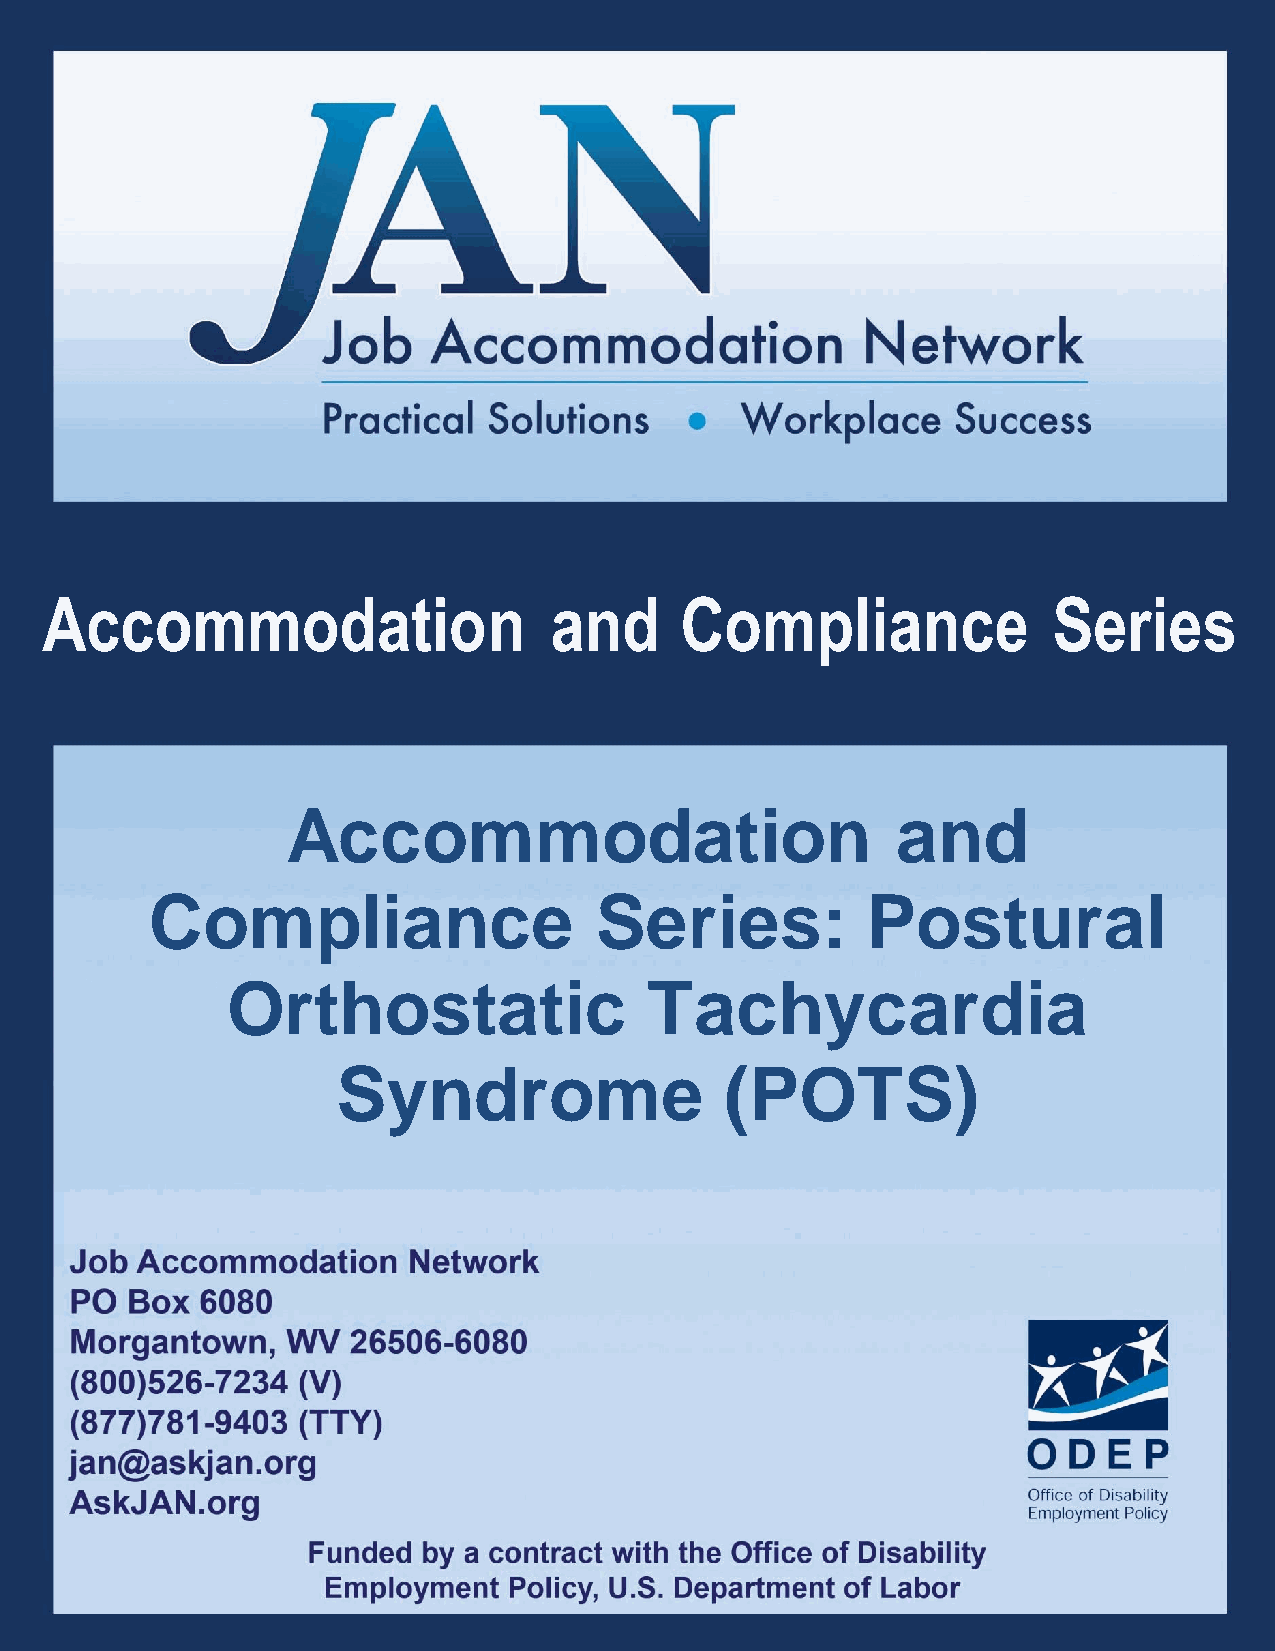
Accommodation                    and      Compliance               Series
 Accommodation                           and
 Compliance                   Series:           Postural
 Orthostatic                 Tachycardia
 Syndrome                  (POTS)